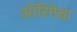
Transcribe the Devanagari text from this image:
ऑरिगेचा